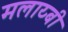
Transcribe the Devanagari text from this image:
मलाय्बी